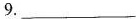
9.___